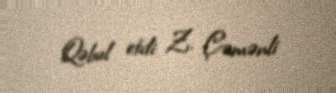
Qəbul etdi: Z. Çəmənli